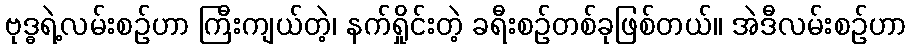
ဗုဒ္ဓရဲ့လမ်းစဉ်ဟာ ကြီးကျယ်တဲ့၊ နက်ရှိုင်းတဲ့ ခရီးစဉ်တစ်ခုဖြစ်တယ်။ အဲဒီလမ်းစဉ်ဟာ